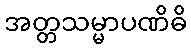
အတ္တသမ္မာပဏိဓိ